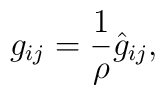
g_{ij} = \frac1\rho \hat g_{ij},